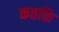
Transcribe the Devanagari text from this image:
कतकि